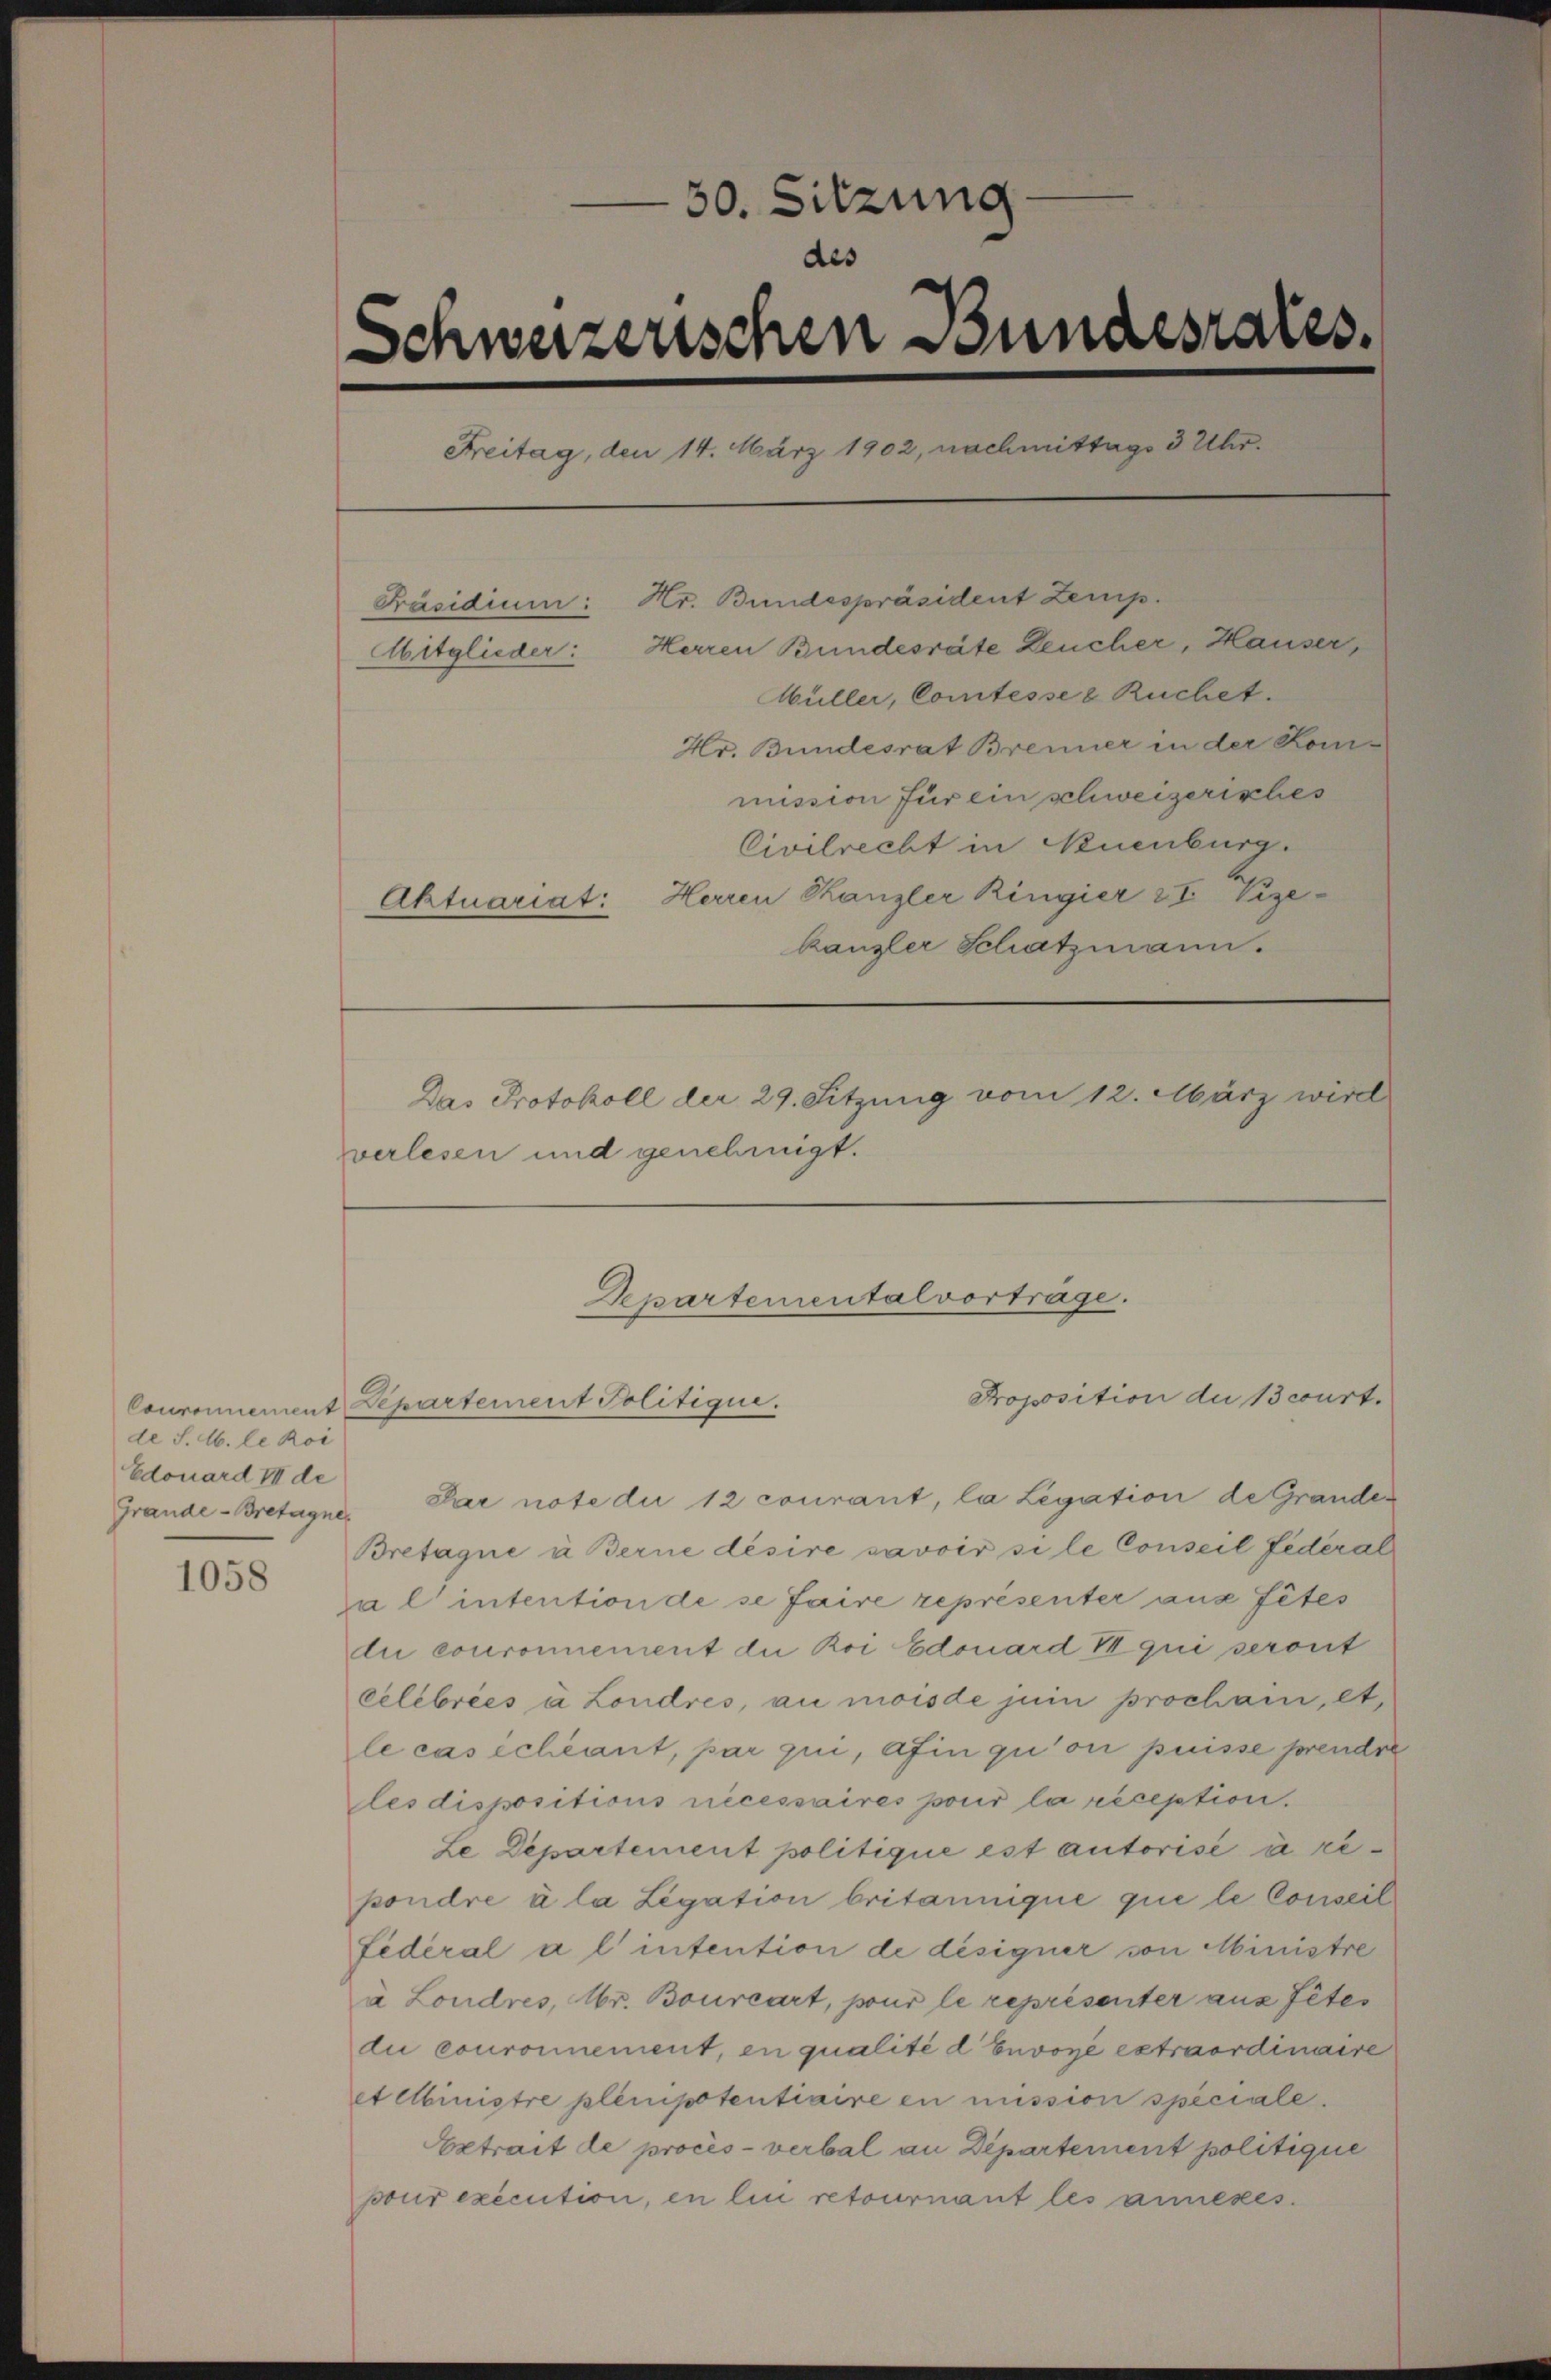
de S. M. le Roi
Edouard III de

1058

50. Sitzung
des
Schweizerischen Bundesrates.
Freitag, den 14. März 1902, nachmittags 3 Uhr.

Präsidium: Hr. Bundespräsident Zemp.
Mitglieder: Herren Bundesräte Deucher, Hauser,
Aktuariat: Herren Kanzler Ringier z I. Vize¬
Das Protokoll der 29. Sitzung vom 12. März wird
verlesen und genehmigt.

Müller, Comtesses Ruchet.
Hr. Bundesrat Brenner in der Kom-
mission für ein schweizerisches
Civilrecht in Neuenburg.
kanzler Schatzmann.

Departementalvortrage.
Proposition du court.

Couronnement Departement Politique.
Grande-Bretagne Par note die 12 courant, la Legation de Grander
Bretagne à Ferne désire savoir si le Conseil Federal
a l’ intention de se faire représenter aus sites
due couronnement die Roi Edouard V qui seront
Celebrées à Londres, au moisde juin prochain, et,
le cas échéant, par zui, afin qu’on puisse prendre
les dispositions nécessaires pour la réception.
Le Departement politique est autorisé à repondre à la Legation britannique que le Conseil
fédéral à l’intention de désigner von Ministre
à Londres, Mr. Bourcart, pour le représenter aus Petes
du couronnement, en qualité d'Envoyé extraordinaire
et elbinistre plenipotentiaire en mission speciale.
Extrait de procès-verbal an Departement politique
pour exécution, en lui retournant les annexes.